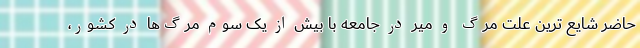
حاضر شایع ترین علت مرگ و میر در جامعه با بیش از یک سوم مرگ‌ها در کشور،